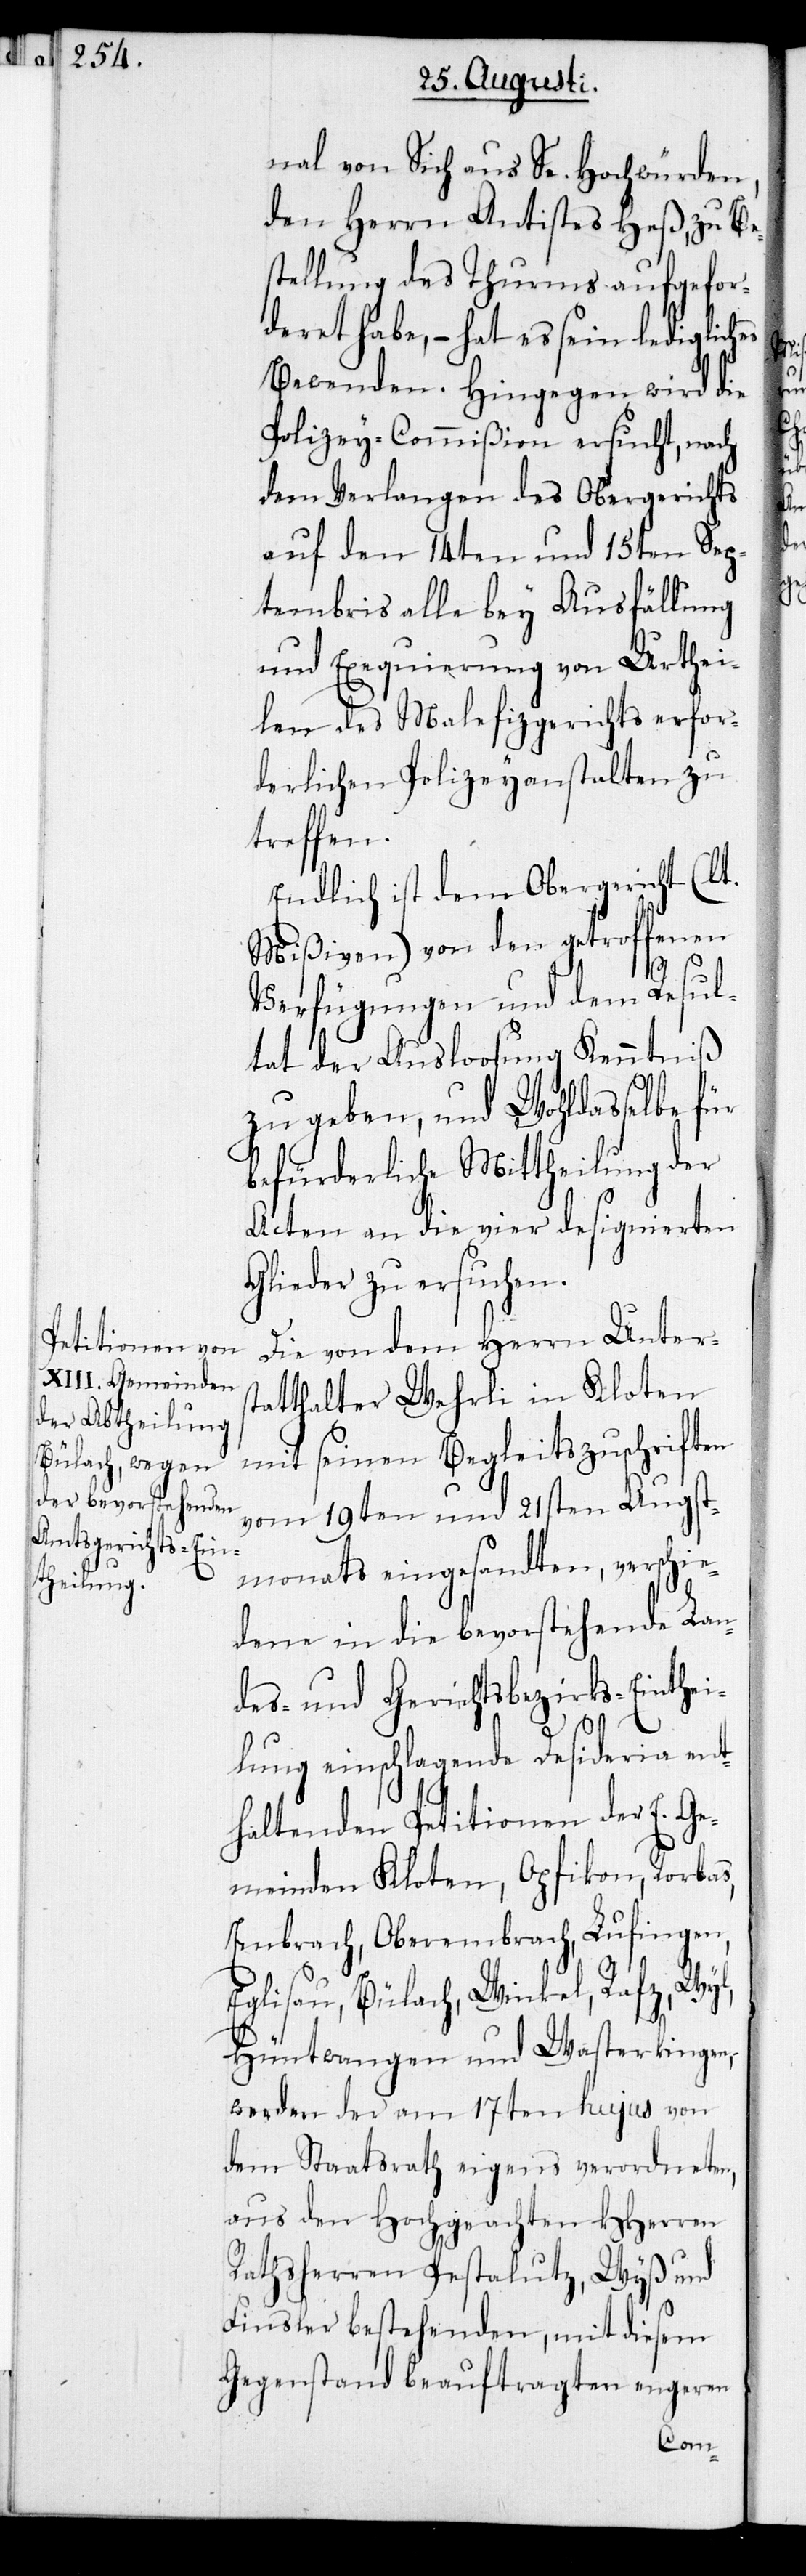
nal von Sich aus Se. Hochwürden,
den Herrn Antistes Heß, zu Be¬
stellung des Thurms aufgefor¬
deret habe, – hat es sein ledigliches
Bewenden. Hingegen wird die
Polizey-Commißion ersucht, nach
dem Verlangen des Obergerichts
auf den 14ten und 15ten Sep¬
tembris alle bey Ausfällung
und Exequierung von Urthei¬
len des Malefizgerichts erfor¬
derlichen Polizeyanstalten zu
treffen.
Endlich ist dem Obergericht (lt.
Mißiven) von den getroffenen
Verfügungen und dem Resul¬
tat der Ausloosung Kenntniß
zu geben, und Wohldasselbe für
befürderliche Mittheilung der
Acten an die vier designierten
Glieder zu ersuchen.
Die von dem Herrn Unterst¬
atthalter Wehrli in Kloten
mit seinen Begleitszuschriften
vom 19ten und 21sten Augst¬
monats eingesandten, verschie¬
dene in die bevorstehende Lan¬
des- und Gerichtsbezirks-Einthei¬
lung einschlagende Desideria ent¬
haltenden Petitionen der E. Ge¬
meinden Kloten, Opfikon, Rorbas,
Embrach, Oberembrach, Lufingen,
Eglisau, Bülach, Winkel, Rafz, Wyl,
Hüntwangen und Wasterkingen,
werden der am 17ten hujus von
dem Staatsrath eigens verordneten,
aus den Hochgeachten HHerren
Rathsherren Pestalutz, Wyß und
Finsler bestehenden, mit diesem
Gegenstand beauftragten engeren